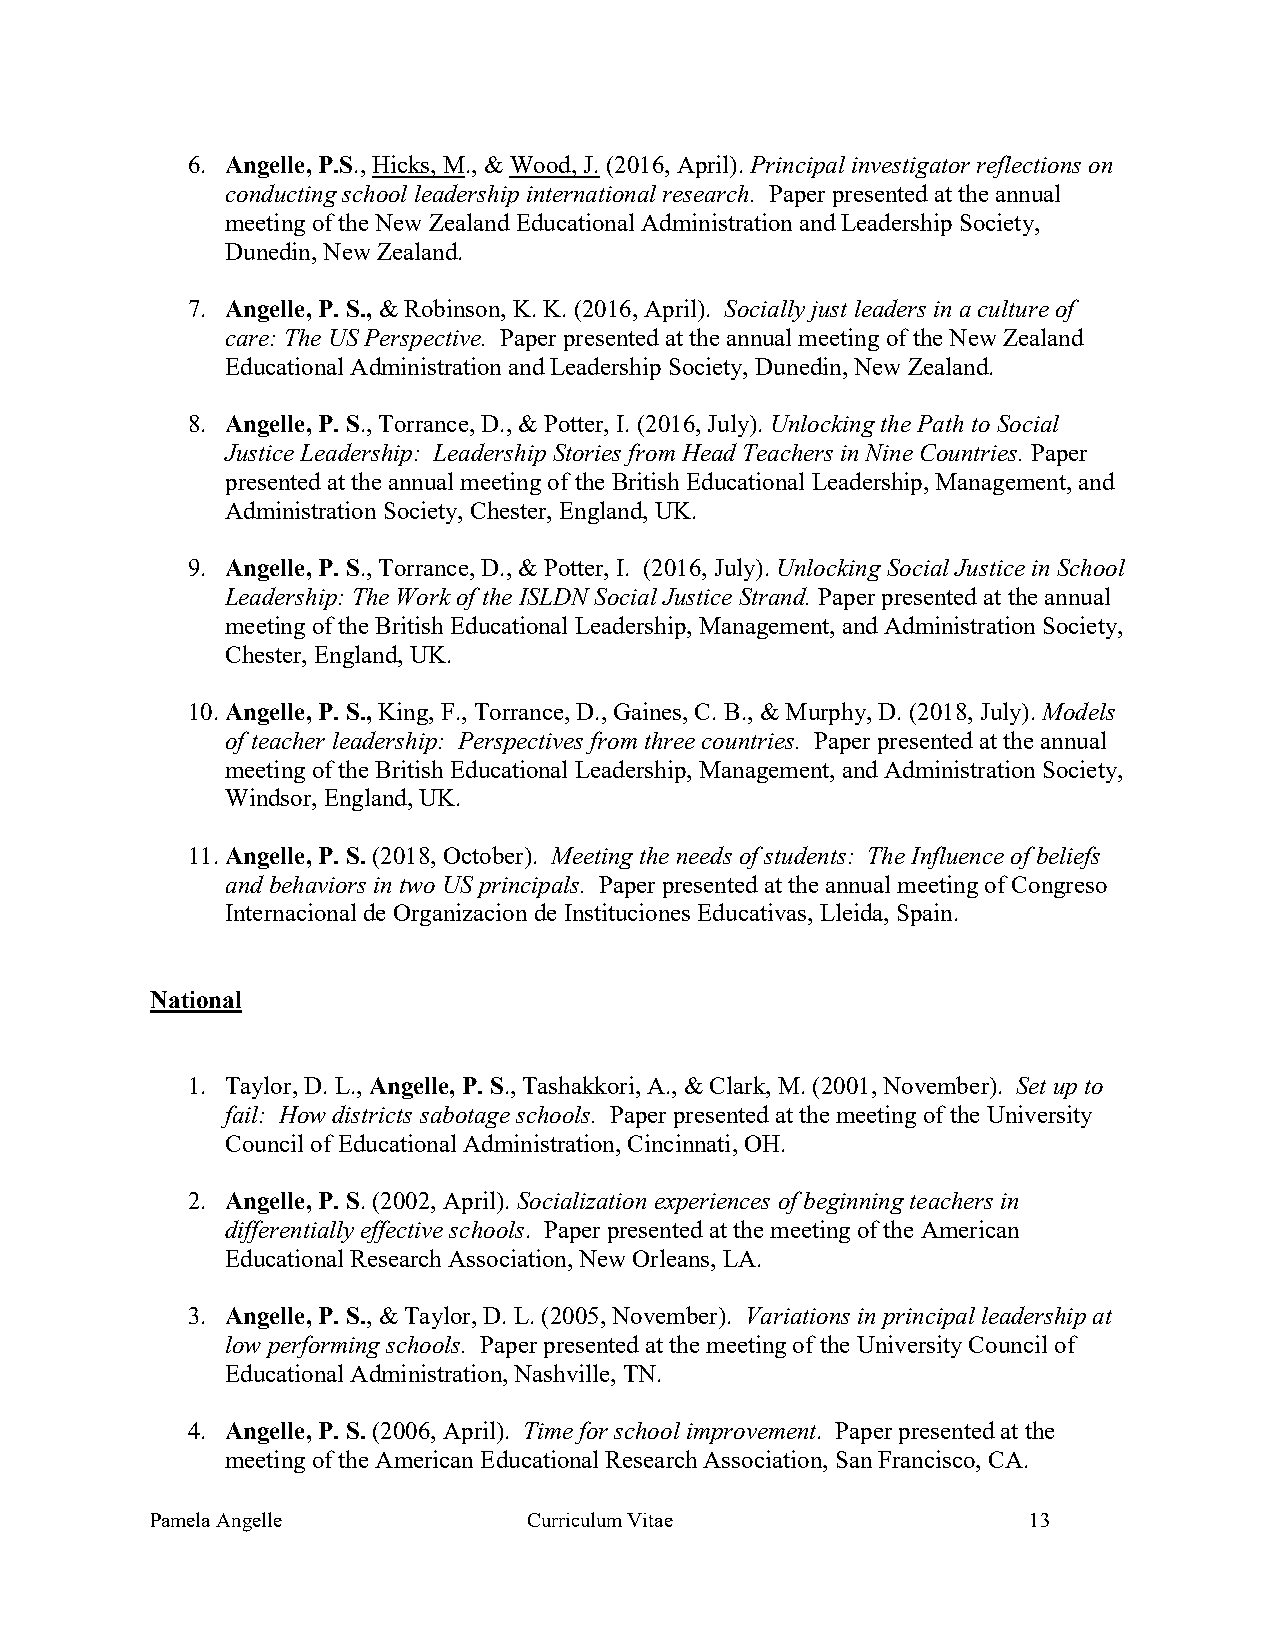
6. Angelle, P.S., Hicks, M., & Wood, J. (2016, April). Principal investigator reflections on
 conducting school leadership international research. Paper presented at the annual
 meeting of the New Zealand Educational Administration and Leadership Society,
 Dunedin, New Zealand.
 7. Angelle, P. S., & Robinson, K. K. (2016, April). Socially just leaders in a culture of
 care: The US Perspective. Paper presented at the annual meeting of the New Zealand
 Educational Administration and Leadership Society, Dunedin, New Zealand.
 8. Angelle, P. S., Torrance, D., & Potter, I. (2016, July). Unlocking the Path to Social
 Justice Leadership: Leadership Stories from Head Teachers in Nine Countries. Paper
 presented at the annual meeting of the British Educational Leadership, Management, and
 Administration Society, Chester, England, UK.
 9. Angelle, P. S., Torrance, D., & Potter, I. (2016, July). Unlocking Social Justice in School
 Leadership: The Work of the ISLDN Social Justice Strand. Paper presented at the annual
 meeting of the British Educational Leadership, Management, and Administration Society,
 Chester, England, UK.
 10. Angelle, P. S., King, F., Torrance, D., Gaines, C. B., & Murphy, D. (2018, July). Models
 of teacher leadership: Perspectives from three countries. Paper presented at the annual
 meeting of the British Educational Leadership, Management, and Administration Society,
 Windsor, England, UK.
 11. Angelle, P. S. (2018, October). Meeting the needs of students: The Influence of beliefs
 and behaviors in two US principals. Paper presented at the annual meeting of Congreso
 Internacional de Organizacion de Instituciones Educativas, Lleida, Spain.
 National
 1. Taylor, D. L., Angelle, P. S., Tashakkori, A., & Clark, M. (2001, November). Set up to
 fail: How districts sabotage schools. Paper presented at the meeting of the University
 Council of Educational Administration, Cincinnati, OH.
 2. Angelle, P. S. (2002, April). Socialization experiences of beginning teachers in
 differentially effective schools. Paper presented at the meeting of the American
 Educational Research Association, New Orleans, LA.
 3. Angelle, P. S., & Taylor, D. L. (2005, November). Variations in principal leadership at
 low performing schools. Paper presented at the meeting of the University Council of
 Educational Administration, Nashville, TN.
 4. Angelle, P. S. (2006, April). Time for school improvement. Paper presented at the
 meeting of the American Educational Research Association, San Francisco, CA.
 Pamela Angelle           Curriculum Vitae                 13